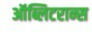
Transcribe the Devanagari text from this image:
ऑब्लिटरान्स